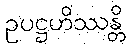
ဥပဋ္ဌဟိဿန္တိ